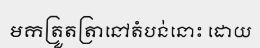
មកត្រួតត្រានៅតំបន់នោះ ដោយ